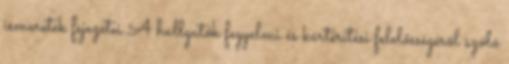
ismeretek fejezetei A hallgatók fegyelmi és kártérítési felelősségéről szóló